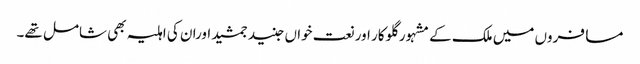
مسافروں میں ملک کے مشہور گلوکار اور نعت خواں جنید جمشید اوران کی اہلیہ بھی شامل تھے۔